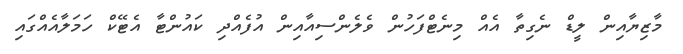
މާޒިޔާއިން ލީޑް ނެގިތާ އެއް މިނެޓްފަހުން ވެލެންސިއާއިން އުފެއްދި ކައުންޓާ އެޓޭކް ހަމަލާއެއްގައި